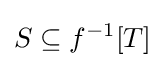
S\subseteq f^{-1}[T]